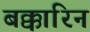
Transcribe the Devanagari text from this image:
बक्कारिन